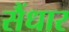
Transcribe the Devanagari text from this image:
सैंधार